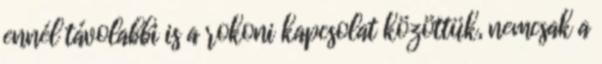
ennél távolabbi is a rokoni kapcsolat közöttük, nemcsak a